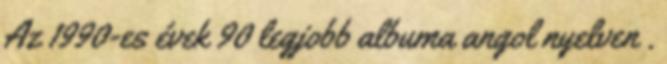
Az 1990-es évek 90 legjobb albuma angol nyelven .